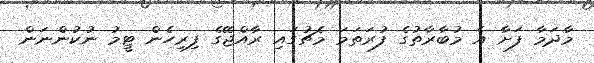
މާދަމާ ފަށާ އެ މުބާރާތުގެ ފުރަތަމަ މެޗުގައި ރާއްޖޭގެ ފިރިހެން ޓީމު ނުކުންނަން